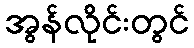
အွန်လိုင်းတွင်